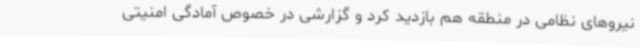
نیروهای نظامی در منطقه هم بازدید کرد و گزارشی در خصوص آمادگی امنیتی